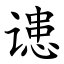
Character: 䜨